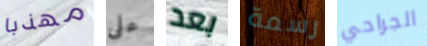
مهذبا على بعد رسمة الجراحي